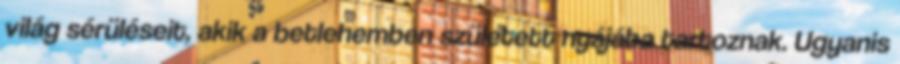
világ sérüléseit, akik a betlehemben született nyájába tartoznak. Ugyanis